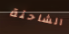
الشاحنة